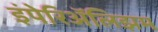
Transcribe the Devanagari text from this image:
इंपेरिॲलिझम